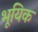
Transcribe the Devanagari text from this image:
भूयिक